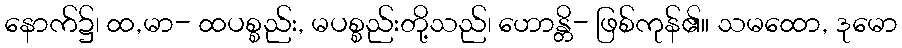
နောက်၌၊ ထ,မာ- ထပစ္စည်း, မပစ္စည်းတို့သည်၊ ဟောန္တိ- ဖြစ်ကုန်၏။ သမထော, ဒုမော